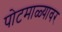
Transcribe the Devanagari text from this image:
पोटमाळ्यावर